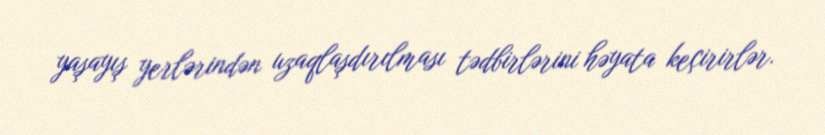
yaşayış yerlərindən uzaqlaşdırılması tədbirlərini həyata keçirirlər.